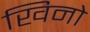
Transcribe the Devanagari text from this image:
खिनो